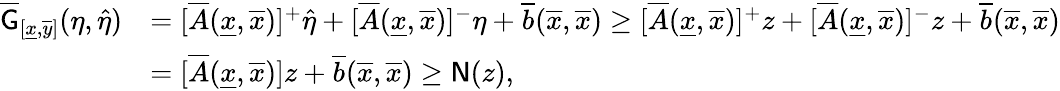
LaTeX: \begin{array}{rl}{\overline{{\mathsf{G}}}_{[\underline{{x}},\overline{{y}}]}(\eta,\widehat{\eta})}&{=[\overline{{A}}(\underline{{x}},\overline{{x}})]^{+}\widehat{\eta}+[\overline{{A}}(\underline{{x}},\overline{{x}})]^{-}\eta+\overline{{b}}(\overline{{x}},\overline{{x}})\ge[\overline{{A}}(\underline{{x}},\overline{{x}})]^{+}z+[\overline{{A}}(\underline{{x}},\overline{{x}})]^{-}z+\overline{{b}}(\overline{{x}},\overline{{x}})}\\ &{=[\overline{{A}}(\underline{{x}},\overline{{x}})]z+\overline{{b}}(\overline{{x}},\overline{{x}})\ge\mathsf{N}(z),}\end{array}